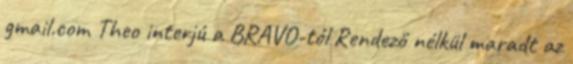
gmail.com Theo interjú a BRAVO-tól Rendező nélkül maradt az